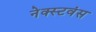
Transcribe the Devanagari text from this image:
नेक्स्टवंस